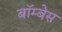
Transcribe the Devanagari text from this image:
बॉम्बेस